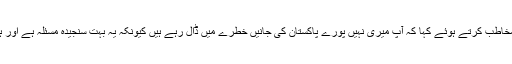
شعیب اختر نے حکومت کو مخاطب کرتے ہوئے کہا کہ آپ میری نہیں پورے پاکستان کی جانیں خطرے میں ڈال رہے ہیں کیونکہ یہ بہت سنجیدہ مسئلہ ہے اور ہماری جانیں خطرے میں ہیں۔